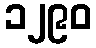
၁၂၉၀